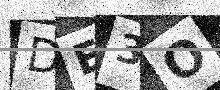
Text: DE3O